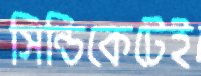
সিন্ডিকেটেই